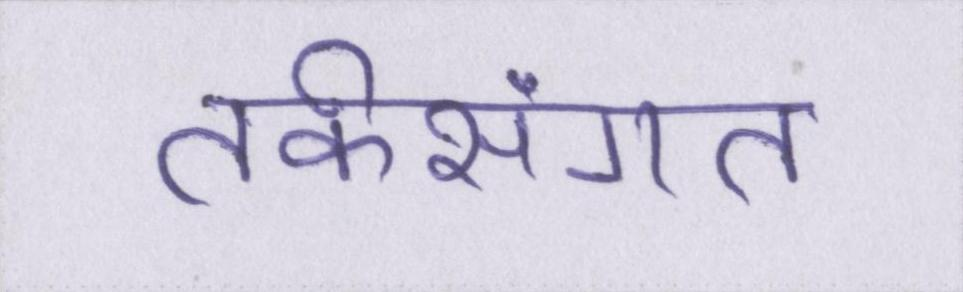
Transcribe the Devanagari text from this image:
तर्कसंगत